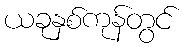
ယခုနှစ်ကုန်တွင်